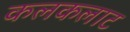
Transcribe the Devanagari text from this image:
कलकलाट